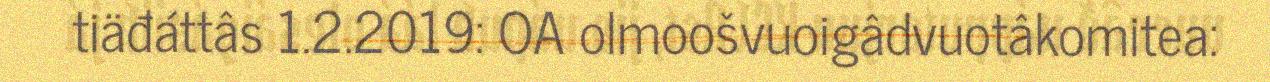
tiäđáttâs 1.2.2019: OA olmoošvuoigâdvuotâkomitea: